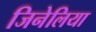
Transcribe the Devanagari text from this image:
जिनेलिया